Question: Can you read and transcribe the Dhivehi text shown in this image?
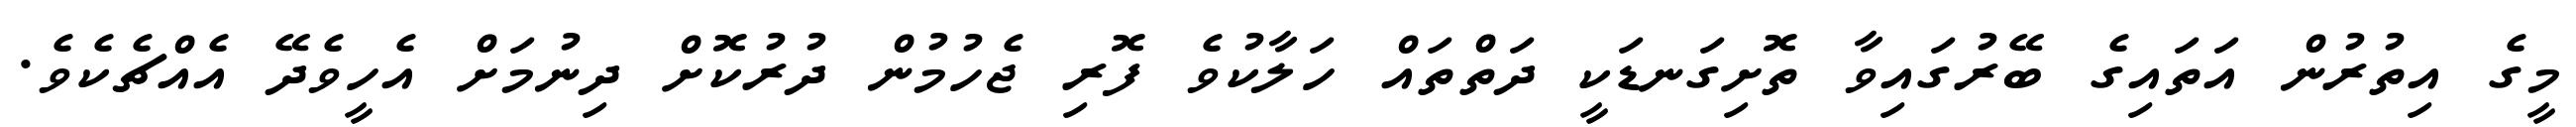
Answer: މީގެ އިތުރުން އަތައިގެ ބޭރުގައިވާ ތޮށިގަނޑަކީ ދަތްތައް ހަލާކުވެ ފޮރި ޖެހުމުން ދުރުކޮށް ދިނުމަށް އެހީވެދޭ އެއްޗެކެވެ.